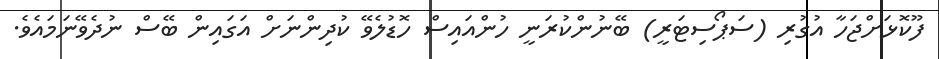
ފޫކޮޅަށްޖަހާ އުގުރި (ސަޕޯސިޓަރީ) ބޭނުންކުރަނީ ހުންއައިސް ހޮޑުލެވޭ ކުދިންނަށް އަގައިން ބޭސް ނުދެވޭނަމައެވެ.